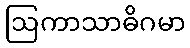
ဩကာသာဓိဂမာ